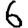
Digit: 6